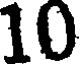
10